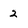
Character: 2